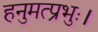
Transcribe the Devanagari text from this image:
हनुमत्प्रभुः।